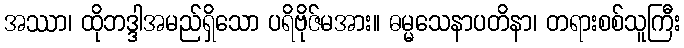
အဿာ၊ ထိုဘဒ္ဒါအမည်ရှိသော ပရိဗိုဇ်မအား။ ဓမ္မသေနာပတိနာ၊ တရားစစ်သူကြီး